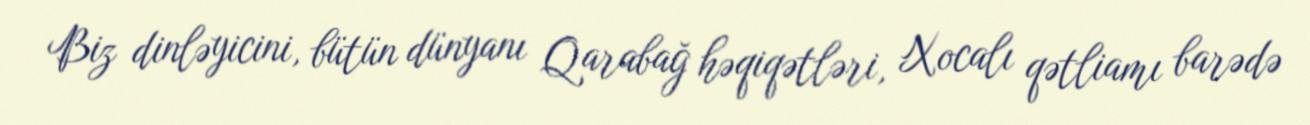
Biz dinləyicini, bütün dünyanı Qarabağ həqiqətləri, Xocalı qətliamı barədə